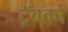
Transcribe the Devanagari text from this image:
ट्रॅवको